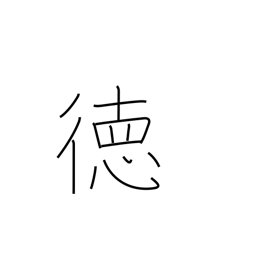
Meaning: virtue